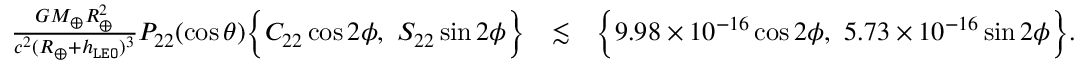
\begin{array} { r l r } { \frac { G M _ { \oplus } R _ { \oplus } ^ { 2 } } { c ^ { 2 } ( R _ { \oplus } + h _ { \tt L E O } ) ^ { 3 } } P _ { 2 2 } ( \cos \theta ) \Big \{ C _ { 2 2 } \cos 2 \phi , ~ S _ { 2 2 } \sin 2 \phi \Big \} } & { \lesssim } & { \Big \{ 9 . 9 8 \times 1 0 ^ { - 1 6 } \cos 2 \phi , ~ 5 . 7 3 \times 1 0 ^ { - 1 6 } \sin 2 \phi \Big \} . } \end{array}